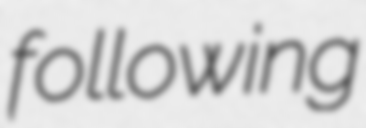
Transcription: following